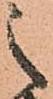
之